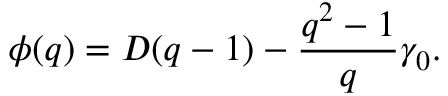
\phi ( q ) = D ( q - 1 ) - \frac { q ^ { 2 } - 1 } { q } \gamma _ { 0 } .